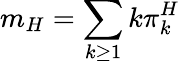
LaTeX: m_{H}=\sum_{k\geq 1}k\pi_{k}^{H}